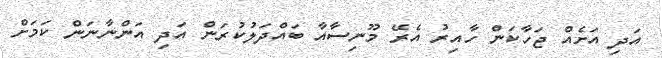
އަދި އަށެއް ޖަހާކަން ހާއިރު އެރޭ މޫނިސާއާ ބައްދަލުކުރަން އަދި އަންނާނަން ކަމަށް